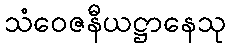
သံဝေဇနီယဋ္ဌာနေသု